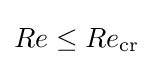
Re\leq Re_{\mathrm {cr} }